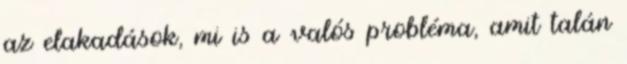
az elakadások, mi is a valós probléma, amit talán